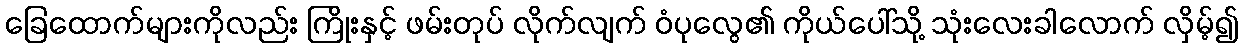
ခြေထောက်များကိုလည်း ကြိုးနှင့် ဖမ်းတုပ် လိုက်လျက် ဝံပုလွေ၏ ကိုယ်ပေါ်သို့ သုံးလေးခါလောက် လှိမ့်၍